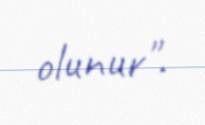
olunur".